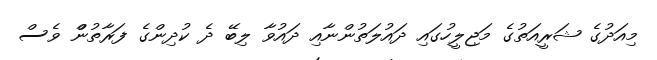
މިއަދުގެ ޝަރީއަތުގެ މަޖިލީހުގައި ދައުލަތުންނާއި ދައުވާ ލިބޭ ދެ ކުދިންގެ ފަރާތުންް ވެސް